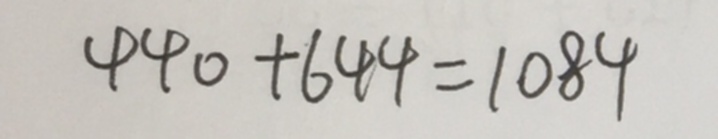
4 4 0 + 6 4 4 = 1 0 8 4